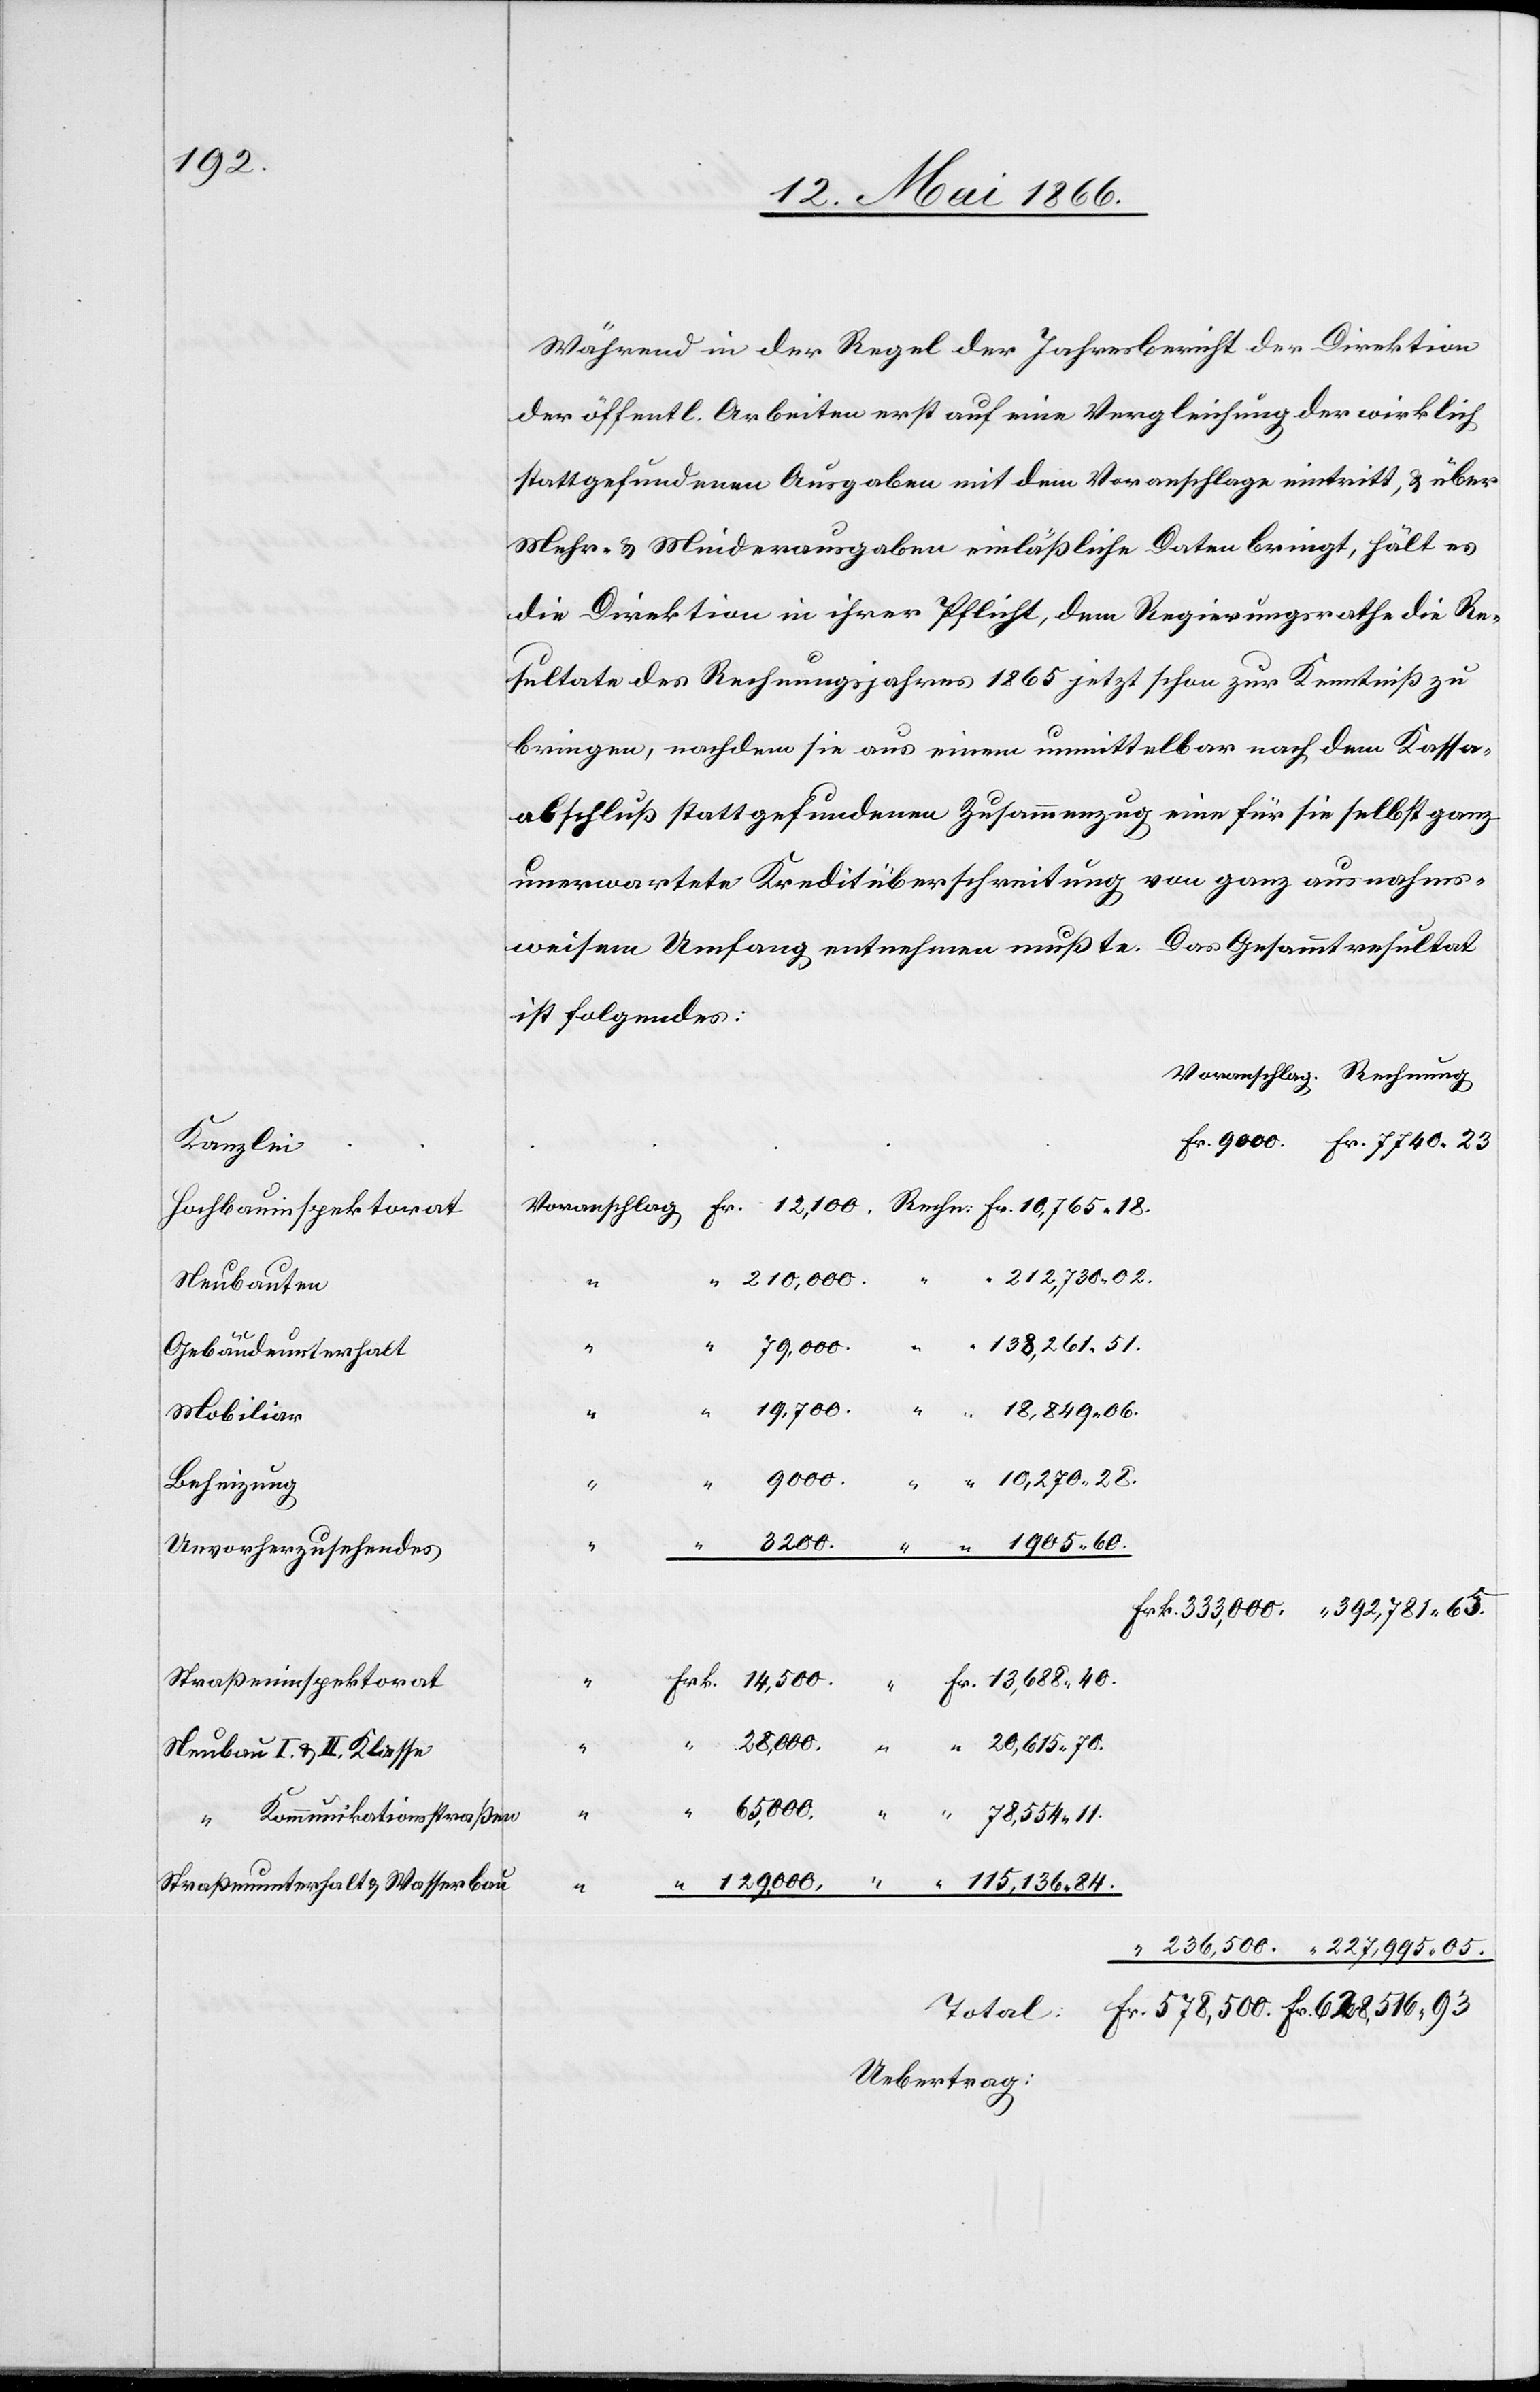
100.

Kanzlei
Hochbauinspektorat
Neubauten
Gebäudeunterhalt
Mobiliar
Beheizung
Unvorherzusehendes
Straßenbauinspektorat
Neubau I. u. II. Klasse
“ Kommunikationsstraßen
Straßenunterhalt u. Wasserbau

Während in der Regel der Jahresbericht der Direktion
der öffentl. Arbeiten erst auf eine Vergleichung der wirklich
stattgefundenen Ausgaben mit dem Voranschlage eintritt, u. über
Mehr- u. Minderausgaben einläßliche Daten bringt, hält es
die Direktion in ihrer Pflicht, dem Regierungsrathe die Re¬
sultate des Rechnungsjahres 1865 jetzt schon zur Kenntniß zu
bringen, nachdem sie aus einem unmittelbar nach dem Kassa¬
abschluß stattgefundenen Zusammenzug eine für sie selbst ganz
unerwartete Kreditüberschreitung von ganz ausnahms¬
weisem Umfang entnehmen mußte. Das Gesammtresultat
ist folgendes:
[Voranschlag]
Rechn:
[Rechnung]
Total: